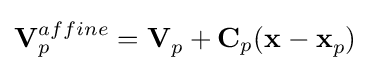
\mathbf {V} _{p}^{affine}=\mathbf {V} _{p}^{}+\mathbf {C} _{p}(\mathbf {x} _{}^{}-\mathbf {x} _{p}^{})